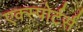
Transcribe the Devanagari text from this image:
एक्स्पोर्टर्स